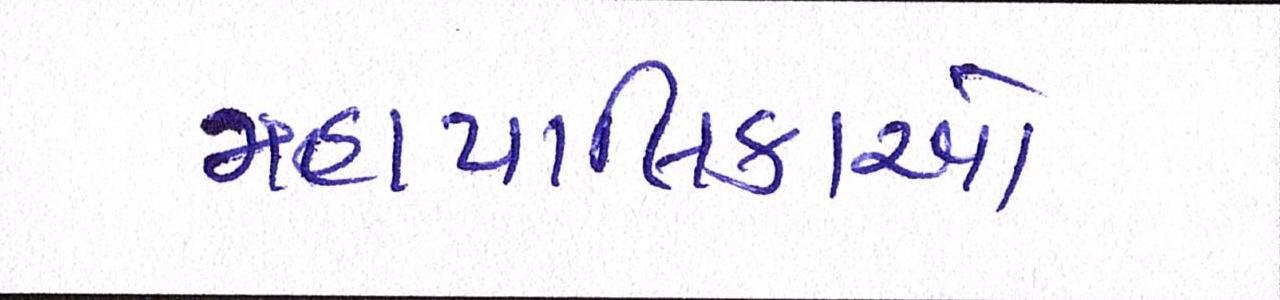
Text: મહાપાલિકાઓ